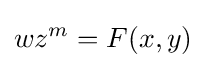
wz^{m}=F(x,y)